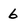
Character: 6